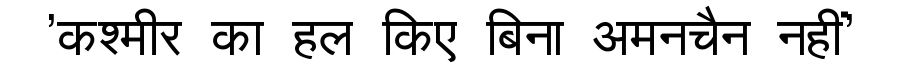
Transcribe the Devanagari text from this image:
'कश्मीर का हल किए बिना अमनचैन नहीं'